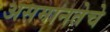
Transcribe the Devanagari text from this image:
असमानतेचे